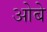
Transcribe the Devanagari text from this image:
ओबे